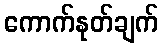
ကောက်နုတ်ချက်